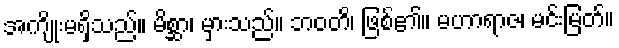
အကျိုးမရှိသည်။ မိစ္ဆာ၊ မှားသည်။ ဘဝတိ၊ ဖြစ်၏။ မဟာရာဇ၊ မင်းမြတ်။